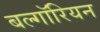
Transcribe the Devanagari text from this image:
बल्गॉरियन